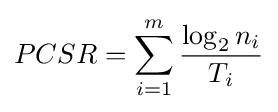
PCSR=\sum _{i=1}^{m}{\frac {\log _{2}{n_{i}}}{T_{i}}}